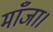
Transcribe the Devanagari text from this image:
माँजा।